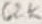
Text: 62K